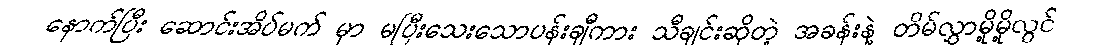
နောက်ပြီး ဆောင်းအိပ်မက် မှာ မပြီးသေးသောပန်းချီကား သီချင်းဆိုတဲ့ အခန်းနဲ့ တိမ်လွှာမို့မို့လွင်